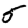
Digit: 5